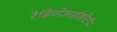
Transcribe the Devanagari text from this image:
रेडियोआईसोटॉप